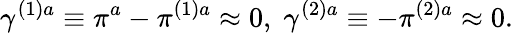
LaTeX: \gamma^{(1)a}\equiv\pi^{a}-\pi^{(1)a}\approx 0,\; \gamma^{(2)a}\equiv-\pi^{(2)a}\approx 0.